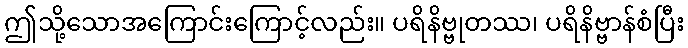
ဤသို့သောအကြောင်းကြောင့်လည်း။ ပရိနိဗ္ဗုတဿ၊ ပရိနိဗ္ဗာန်စံပြီး